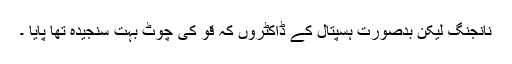
نانجنگ لیکن بدصورت ہسپتال کے ڈاکٹروں کہ قو کی چوٹ بہت سنجیدہ تھا پایا ۔